Report on vaccination in Madras 1895-1903 - 1895-1903
Year: 1895
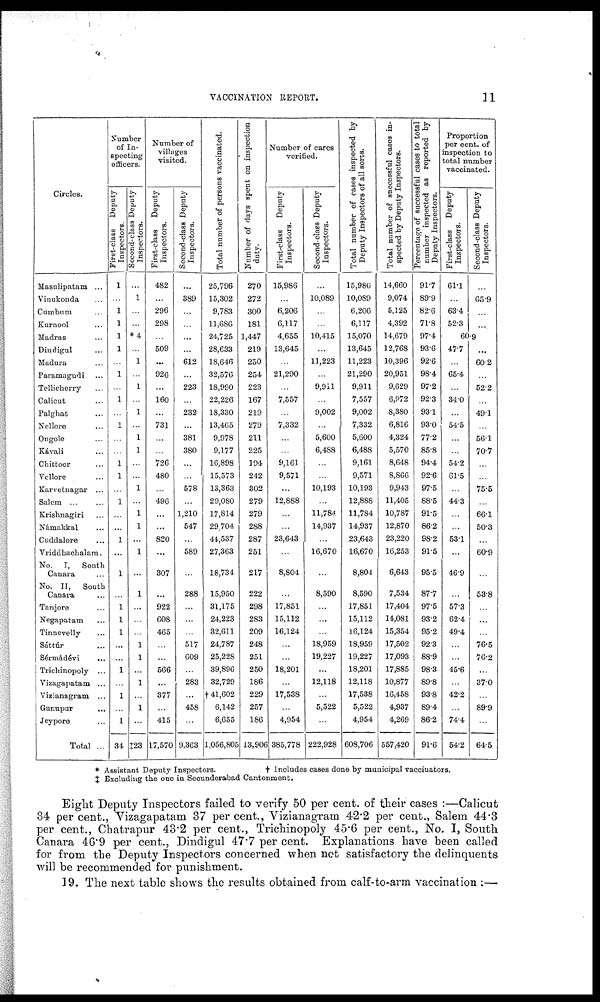
VACCINATION REPORT.
11
Circles.
Masulipatam ...
Vinukonda ...
Cumbum ...
Kurnool ...
Madras ...
Dindigul ...
Madura ...
Paramagndi ...
Tellicherry ...
Calicut ...
Palghat ...
Nellore ...
Ongole ...
Kávali ...
Chittoor ...
Vellore ...
Karvetnagar ...
Salem ... ...
Krishnagiri ...
Námakkal ...
Cuddalore ...
Vriddhachalam.
No. I, South
Canara ...
No. II, South
Canara ...
Tanjore ...
Negapatam ...
Tinnevelly ...
Sáttúr ...
Sérmádévi
...
Trichinopoly ...
Vizagapatam ...
Vizianagram ...
Gunupur
...
Jeypore ...
Total ...
Number
of In-
specting
officers.
First-class Deputy
Inspectors.
1
...
1
1
1
1
...
1
...
1
...
1
...
...
1
1
...
1
...
...
1
...
1
...
1
1
1
...
...
1
...
1
...
1
34
Second-class Deputy
Inspectors.
...
1
...
...
*4
...
1
...
1
...
1
...
1
1
...
...
1
...
1
1
...
1
...
1
...
...
...
1
1
...
1
...
1
...
‡23
Number of
villages
visited.
First-class Deputy
Inspectors.
482
...
296
298
...
509
...
926
...
160
...
731
...
...
726
480
...
496
...
...
820
...
307
...
922
608
465
...
...
566
...
377
...
415
17,570
Second-class Deputy
Inspectors.
...
389
...
...
...
...
612
...
223
...
232
...
381
380
...
...
578
...
1,210
547
...
589
...
288
...
...
...
517
609
...
283
...
458
...
9,363
Total number of persons vaccinated.
25,796
15,302
9,783
11,686
24,725
28,633
18,646
32,576
18,990
22,226
18,330
13,465
9,978
9,177
16,898
15,573
13,363
29,080
17,814
29,704
44,537
27,363
18,734
15,950
31,175
24,223
32,611
24,787
25,228
39,896
32,729
†41,602
6,142
6,655
1,056,805
Number of days spent on inspection
duty.
270
272
300
181
1,447
219
250
254
223
167
219
279
211
225
194
242
302
279
279
288
287
251
217
222
298
283
209
248
251
250
186
229
257
186
13,906
Number of cares
verified.
First-class
Deputy
Inspectors.
15,986
...
6,206
6,117
4,655
13,645
...
21,290
...
7,557
...
7,332
...
...
9,161
9,571
...
12,888
...
...
23,643
...
8,804
...
17,851
15,112
16,124
...
...
18,201
...
17,538
...
4,954
385,778
Second-class Deputy
Inspectors.
...
10,089
...
...
10,415
...
11,223
...
9,911
...
9,002
...
5,600
6,488
...
...
10,193
...
11,784
14,937
...
16,670
...
8,590
...
...
...
18,959
19,227
...
12,118
...
5,522
...
222,928
Total number of cases inspected by
Deputy Inspectors of all sorts.
15,986
10,089
6,206
6,117
15,070
13,645
11,223
21,290
9,911
7,557
9,002
7,332
5,600
6,488
9,161
9,571
10,193
12,888
11,784
14,937
23,643
16,670
8,804
8,590
17,851
15,112
16,124
18,959
19,227
18,201
12,118
17,538
5,522
4,954
608,706
Total number of successful cases in-
spected by Deputy Inspectors.
14,660
9,074
5,125
4,392
14,679
12,768
10,396
20,951
9,629
6,972
8,380
6,816
4,324
5,570
8,648
8,866
9,943
11,405
10,787
12,870
23,220
16,253
6,643
7,534
17,404
14,081
15,354
17,502
17,093
17,885
10,877
16,458
4,937
4,269
557,420
Percentage of successful cases to total
number inspected as reported by
Deputy Inspectors.
91.7
89.9
82.6
71.8
97.4
93.6
92.6
98.4
97.2
92.3
93.1
93.0
77.2
85.8
94.4
92.6
97.5
88.5
91.5
86.2
98.2
91.5
95.5
87.7
97.5
93.2
95.2
92.3
88.9
98.3
89.8
93.8
89.4
86.2
91.6
Proportion
per cent. of
inspection to
total number
vaccinated.
First-class Deputy
Inspectors.
61.1
...
63.4
52.3
Second-class Deputy
Inspectors.
...
65.9
...
...
60.9
47.7
...
65.4
...
34.0
...
54.5
...
...
54.2
61.5
...
44.3
...
...
53.1
...
46.9
...
57.3
62.4
49.4
...
...
45.6
...
42.2
...
74.4
54.2
...
60.2
...
52.2
...
49.1
...
56.1
70.7
...
...
75.5
...
66.1
50.3
...
60.9
...
53.8
...
...
...
76.5
76.2
...
37.0
...
89.9
...
64.5
* Assistant Deputy Inspectors.
† Includes cases done by municipal vaccinators.
‡ Excluding the one in Secunderabad Cantonment.
Eight Deputy Inspectors failed to verify 50 per cent. of their cases :—Calicut
34 per cent., Vizagapatam 37 per cent., Vizianagram 42.2 per cent., Salem 44.3
per cent., Chatrapur 43.2 per cent., Trichinopoly 45.6 per cent., No. I, South
Canara 46.9 per cent., Dindigul 47.7 per cent. Explanations have been called
for from the Deputy Inspectors concerned when not satisfactory the delinquents
will be recommended for punishment.
19. The next table shows the results obtained from calf-to-arm vaccination :—